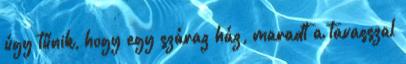
úgy tűnik, hogy egy száraz ház, maradt a tavasszal